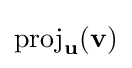
\operatorname {proj} _{\mathbf {u} }(\mathbf {v} )